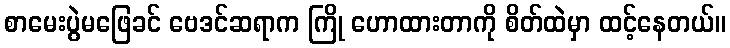
စာမေးပွဲမဖြေခင် ဗေဒင်ဆရာက ကြို ဟောထားတာကို စိတ်ထဲမှာ ထင့်နေတယ်။